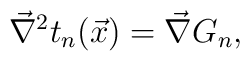
\vec\nabla^2 t_n(\vec x)=\vec\nabla G_n,